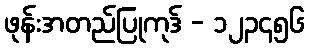
ဖုန်းအတည်ပြုကုဒ် - ၁၂၃၄၅၆